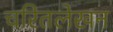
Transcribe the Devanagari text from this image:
चरितलेखन